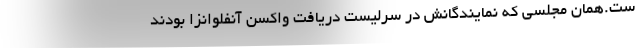
ست.همان مجلسی که نمایندگانش در سرلیست دریافت واکسن آنفلوانزا بودند